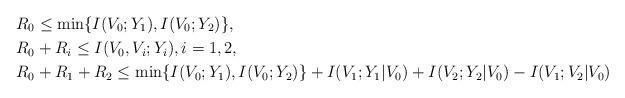
LaTeX: \begin{align*}&R_0\leq\min\{I(V_0;Y_1),I(V_0;Y_2)\},\\&R_0+R_i\leq I(V_0,V_i;Y_i),i=1,2,\\&R_0+R_1+R_2\leq\min\{I(V_0;Y_1),I(V_0;Y_2)\}+I(V_1;Y_1|V_0)+I(V_2;Y_2|V_0)-I(V_1;V_2|V_0)\end{align*}